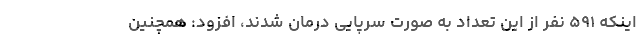
اینکه ۵۹۱ نفر از این تعداد به صورت سرپایی درمان شدند، افزود: همچنین